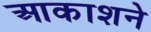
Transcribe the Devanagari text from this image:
आकाशने